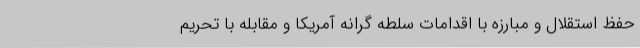
حفظ استقلال و مبارزه با اقدامات سلطه گرانه آمریکا و مقابله با تحریم